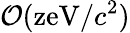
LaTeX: \mathcal{O}(\mathrm{zeV}/c^{2})